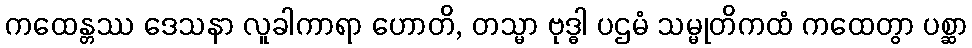
ကထေန္တဿ ဒေသနာ လူခါကာရာ ဟောတိ, တသ္မာ ဗုဒ္ဓါ ပဌမံ သမ္မုတိကထံ ကထေတွာ ပစ္ဆာ